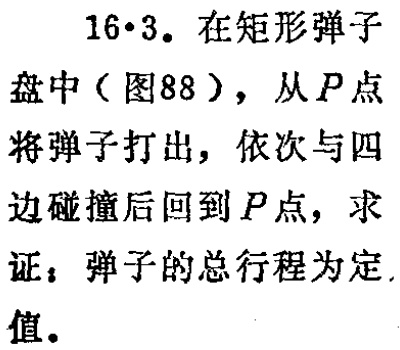
16·3. 在矩形弹子盘中（图88），从\(P\)点将弹子打出，依次与四边碰撞后回到\(P\)点，求证：弹子的总行程为定值。